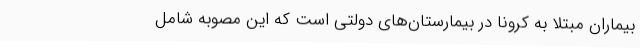
بیماران مبتلا به کرونا در بیمارستان‌های دولتی است که این مصوبه شامل